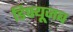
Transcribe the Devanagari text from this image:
डिफ्यूजब